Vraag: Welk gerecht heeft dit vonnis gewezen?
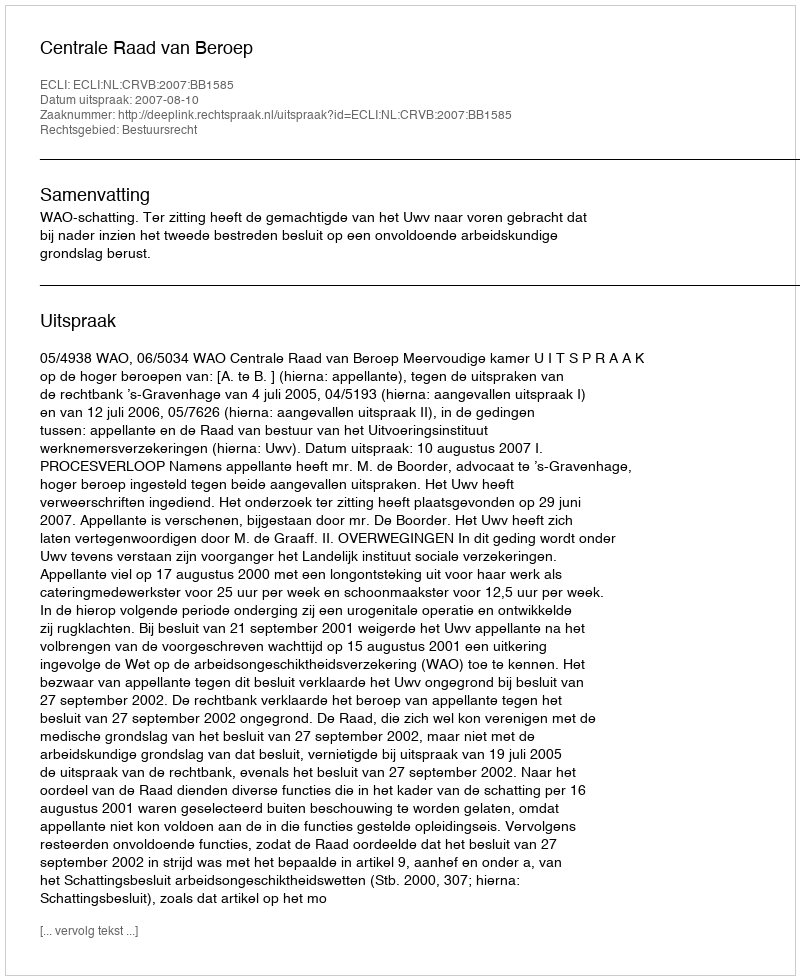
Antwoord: Centrale Raad van Beroep